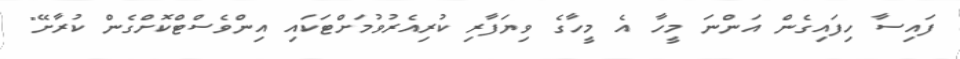
ފައިސާ ހިފައިގެން އަންނަ މީހާ އެ މީހާގެ ވިޔަފާރި ކުރިއެރުވުމަށްޓަކައި އިންވެސްޓްކޮށްގެން ކުރާށޭ"